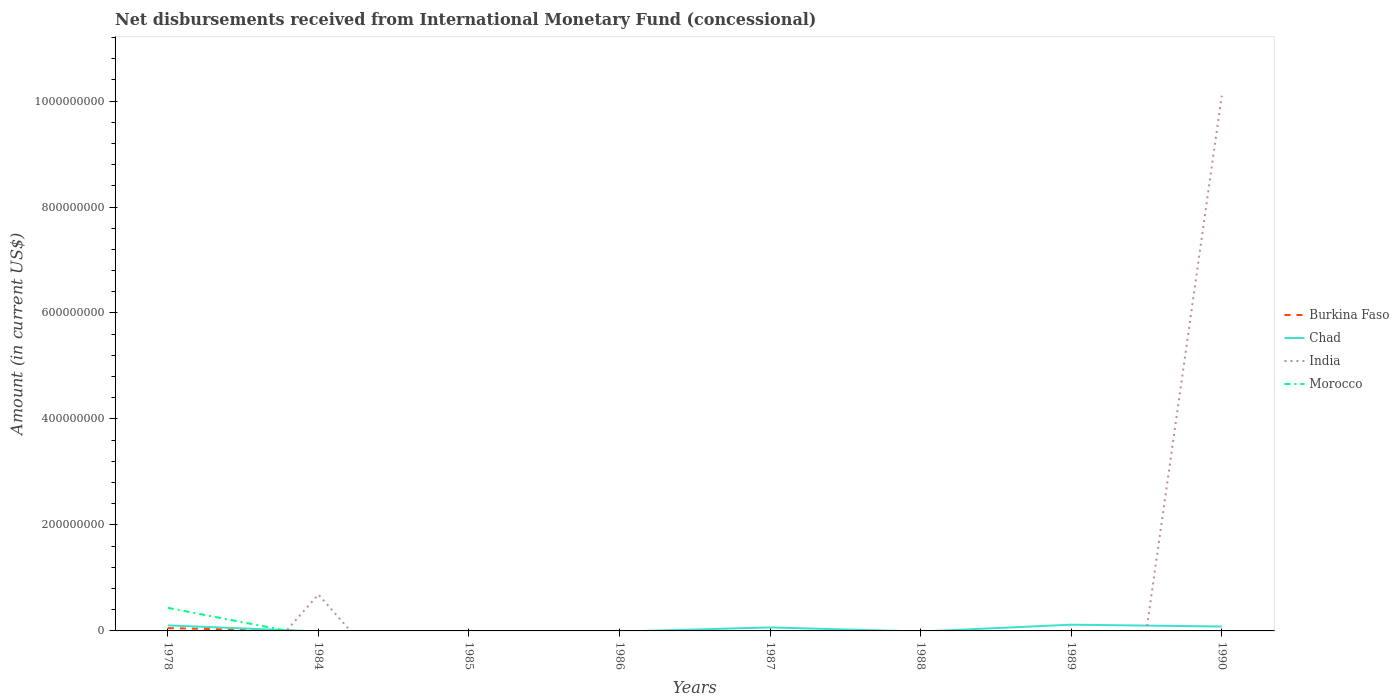
| Years | Burkina Faso | Chad | India | Morocco |
 | --- | --- | --- | --- | --- |
 | 1978 | 5.34e+06 | 1.05e+07 | -2.52e+08 | 4.35e+07 |
 | 1984 | -6.41e+05 | -1.10e+06 | 6.87e+07 | -1.11e+07 |
 | 1985 | -1.71e+06 | -1.1e+06 | -2.54e+08 | -1.89e+07 |
 | 1986 | -2.97e+06 | -1.26e+06 | -6.29e+08 | -2.58e+07 |
 | 1987 | -3.31e+06 | 6.6e+06 | -1.06e+09 | -2.8e+07 |
 | 1988 | -3.1e+06 | -1.14e+06 | -1.22e+09 | -2.53e+07 |
 | 1989 | -1.86e+06 | 1.18e+07 | -1.01e+09 | -1.43e+07 |
 | 1990 | -5.36e+05 | 8.31e+06 | 1.01e+09 | -4.66e+06 |